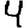
Digit: 4